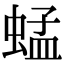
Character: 蜢